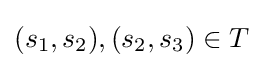
(s_{1},s_{2}),(s_{2},s_{3})\in T